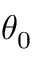
\theta _ { 0 }